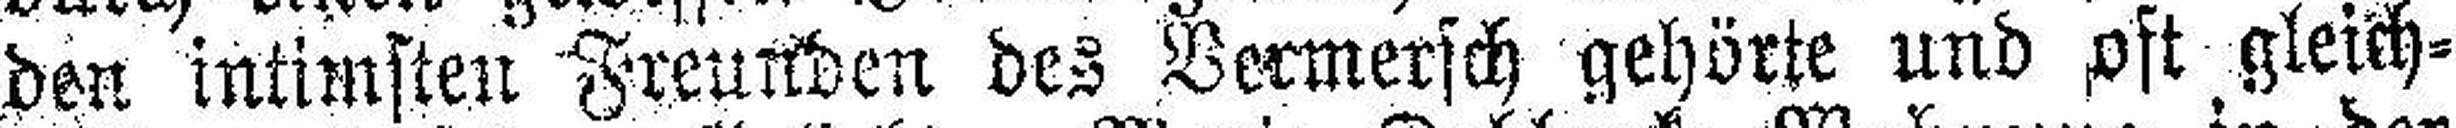
den intimsten Freunden des Vermersch gehörte und oft gleich¬